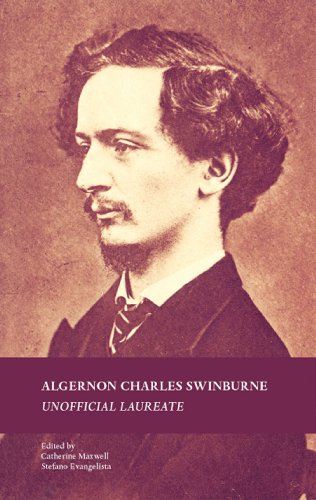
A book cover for Algernon Charles Swinburne: Unofficial Laureate; Literature & Fiction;